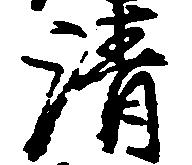
清